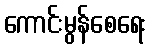
ကောင်းမွန်စေရေး